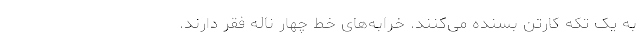
به یک تکه کارتن بسنده می‌کنند. خرابه‌های خط چهار ناله‌ فقر دارند.